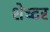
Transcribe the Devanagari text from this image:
शेच्टर